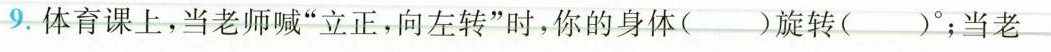
9.体育课上，当老师喊”立正，向左转”时，你的身体()旋转()°；当老